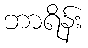
ဘာရိန်း